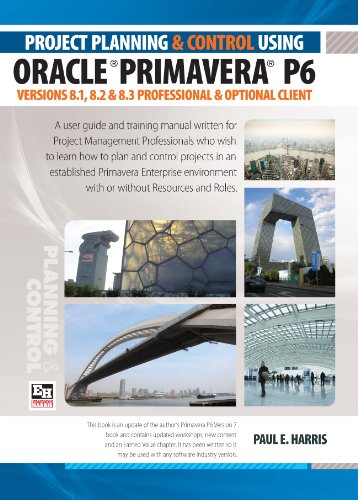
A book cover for Project Planning and Control Using Oracle Primavera P6 Versions 8.1, 8.2 & 8.3 Professional Client & Optional Client; Paul E. Harris; Computers & Technology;